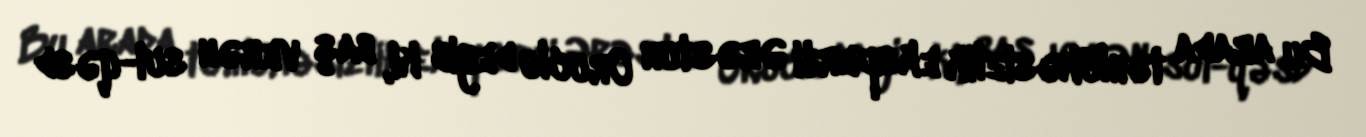
Bu arada təhlükəsizlik eksperti Ərəstun Oruclu deyib ki, baş verən sui-qəsd